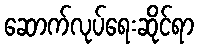
ဆောက်လုပ်ရေးဆိုင်ရာ